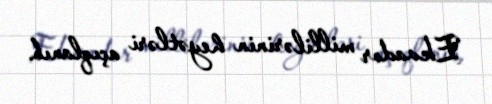
Ekvador millilərinin heyətləri açıqlanıb.